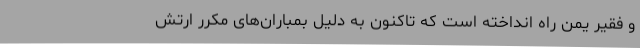
و فقیر یمن راه انداخته است که تاکنون به دلیل بمباران‌های مکرر ارتش